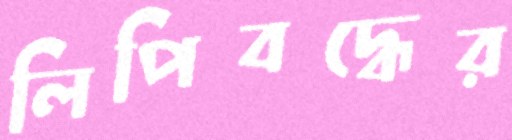
লিপিবদ্ধের